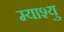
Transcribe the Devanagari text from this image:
म्याश्यु